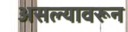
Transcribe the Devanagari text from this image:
असल्यावरून